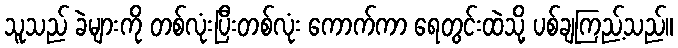
သူသည် ခဲများကို တစ်လုံးပြီးတစ်လုံး ကောက်ကာ ရေတွင်းထဲသို့ ပစ်ချကြည့်သည်။